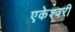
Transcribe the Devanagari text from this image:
एकेश्वरी